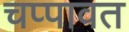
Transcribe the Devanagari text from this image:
चप्पावत